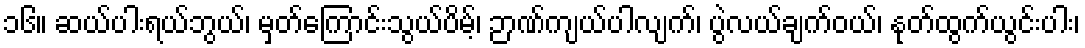
၁၆။ ဆယ်ပါးရယ်ဘွယ်၊ မှတ်ကြောင်းသွယ်ပိမ့်၊ ဉာဏ်ကျယ်ပါလျက်၊ ပွဲလယ်ချက်ဝယ်၊ နုတ်ထွက်ယွင်းပါး၊